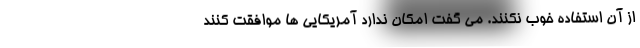
از آن استفاده خوب نکنند. می گفت امکان ندارد آمریکایی ها موافقت کنند